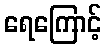
ရေကြောင့်